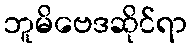
ဘူမိဗေဒဆိုင်ရာ